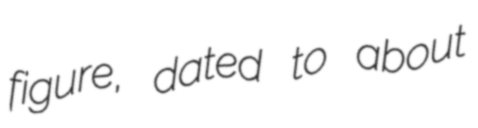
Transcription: figure, dated to about